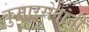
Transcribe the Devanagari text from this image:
कुमारसेनांनी